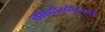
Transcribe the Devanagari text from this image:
माटोळीच्या